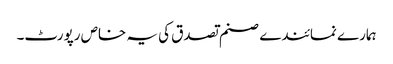
ہمارے نمائندے صنم تصدق کی یہ خاص رپورٹ۔